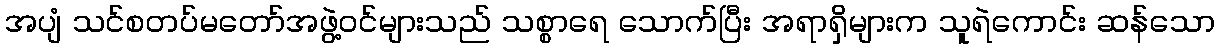
အပျံ သင်စတပ်မတော်အဖွဲ့ဝင်များသည် သစ္စာရေ သောက်ပြီး အရာရှိများက သူရဲကောင်း ဆန်သော